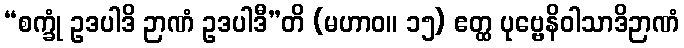
“စက္ခုံ ဥဒပါဒိ ဉာဏံ ဥဒပါဒီ”တိ (မဟာဝ။ ၁၅) ဧတ္ထ ပုဗ္ဗေနိဝါသာဒိဉာဏံ